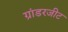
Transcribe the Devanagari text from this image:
ग्रांडरजीट